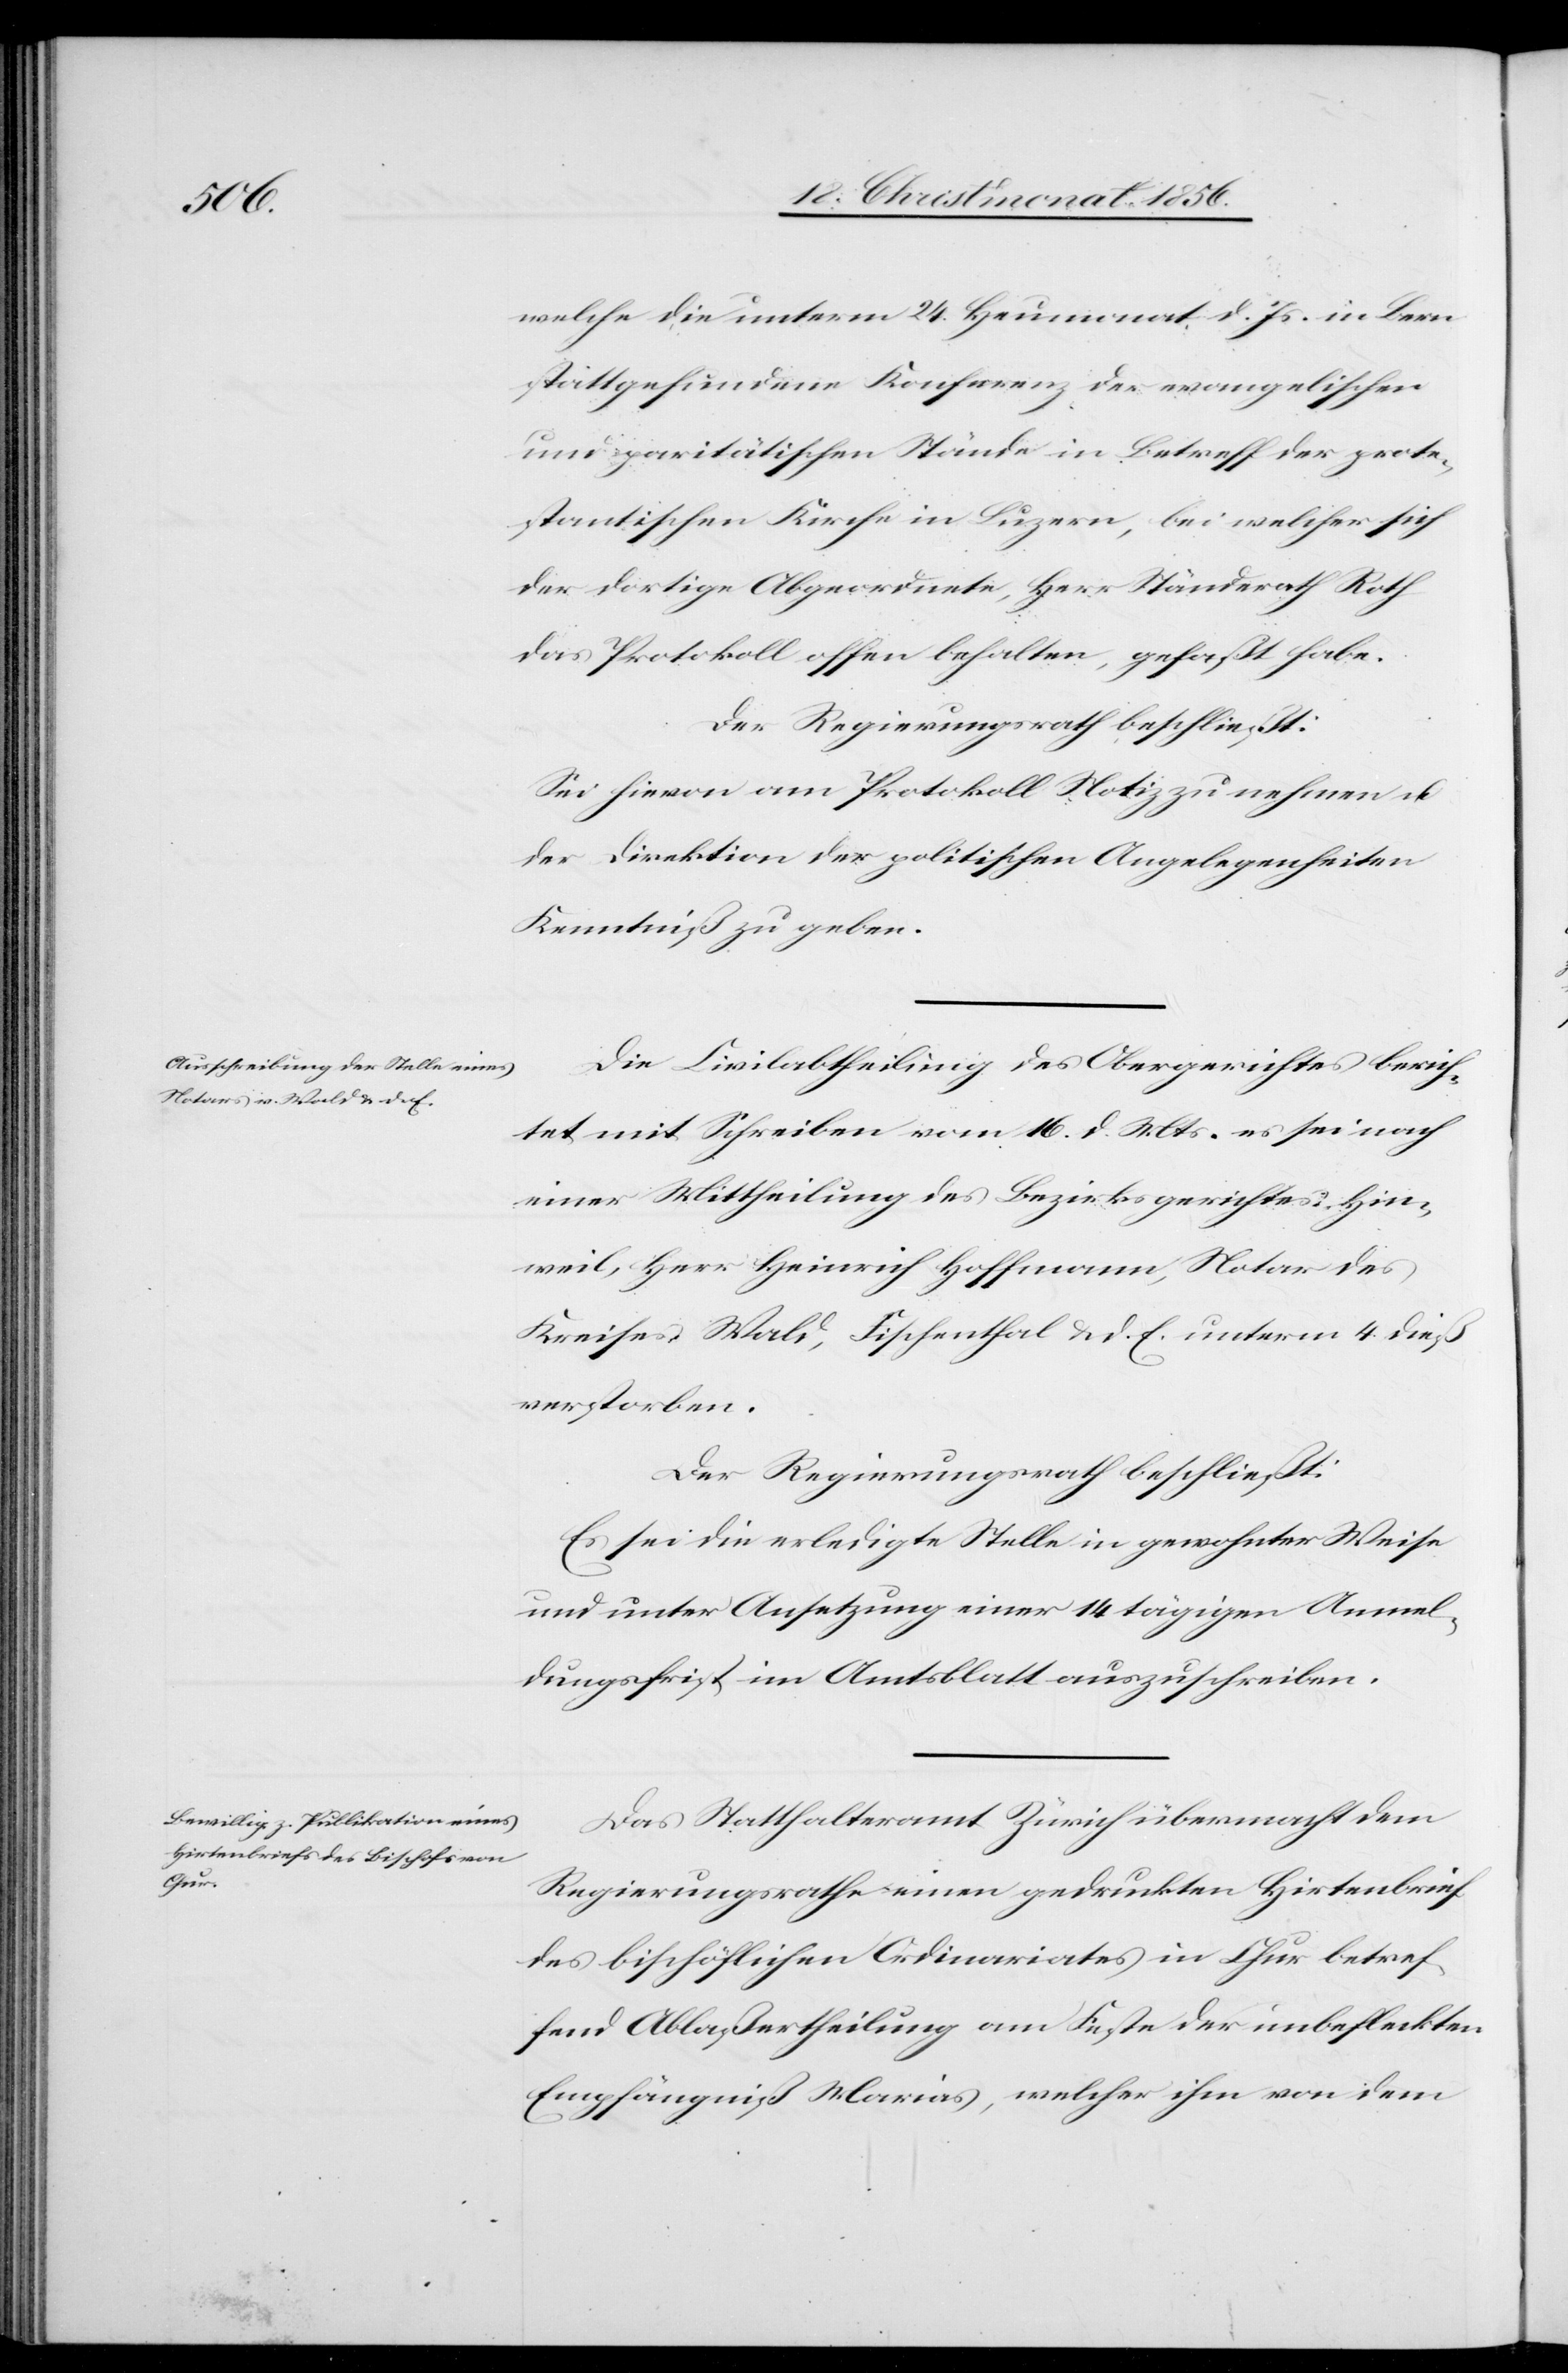
welche die unterm 24. Heumonat d. Js. in Bern
stattgefundene Konferenz der evangelischen
und paritätischen Stände in Betreff der prote¬
stantischen Kirche in Luzern, bei welcher sich
der dortige Abgeordnete, Herr Ständerath Roth
das Protokoll offen behalten, gefaßt habe.
Sei hievon am Protokoll Notiz zu nehmen u.
der Direktion der politischen Angelegenheiten
Kenntniß zu geben.
Die Civilabtheilung des Obergerichtes berich¬
tet mit Schreiben vom 16. d. Mts. es sei nach
einer Mittheilung des Bezirksgerichtes Hin¬
weil, Herr Heinrich Hoffmann, Notar des
Kreises Wald, Fischenthal & d. E. unterm 4. dieß
verstorben.
Der Regierungsrath beschließt:
Es sei die erledigte Stelle in gewohnter Weise
und unter Ansetzung einer 14 tägigen Anmel¬
dungsfrist im Amtsblatt auszuschreiben.
Das Statthalteramt Zürich übermacht dem
Regierungsrathe einen gedruckten Hirtenbrief
des bischöflichen Ordinariates in Chur betref¬
fend Ablaßertheilung am Feste der unbefleckten
Empfängniß Marias, welcher ihm von dem